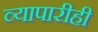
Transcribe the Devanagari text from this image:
व्यापारीही